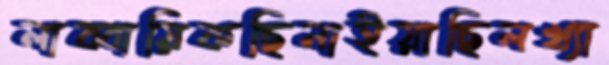
লাব্বায়িকছিনাইয়াছিলখ্যা